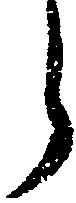
う